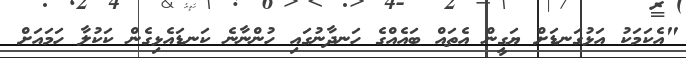
"އެކަމަކު އަޅުގަނޑަށް ޔަގީން އެތައް ބައެއްގެ ހަނދާނުގައި ހުންނާނެ ކަނޑައެޅިގެން ކަކުލާ ހަމައަށް